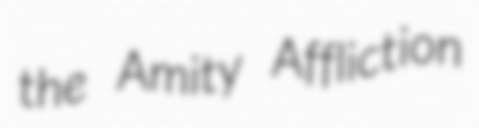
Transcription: the Amity Affliction